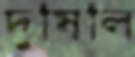
দুষিলি